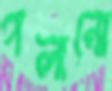
গলানো